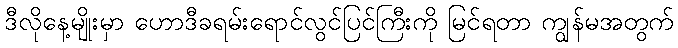
ဒီလိုနေ့မျိုးမှာ ဟောဒီခရမ်းရောင်လွင်ပြင်ကြီးကို မြင်ရတာ ကျွန်မအတွက်